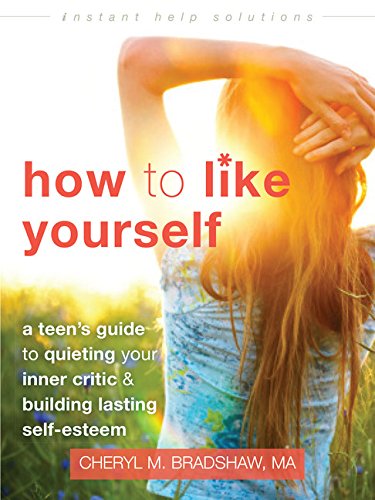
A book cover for How to Like Yourself: A Teen's Guide to Quieting Your Inner Critic and Building Lasting Self-Esteem (The Instant Help Solutions Series); Cheryl M Bradshaw MA; Teen & Young Adult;